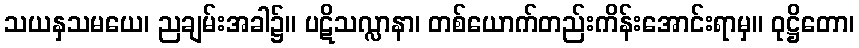
သယနှသမယေ၊ ညချမ်းအခါ၌။ ပဋိသလ္လာနာ၊ တစ်ယောက်တည်းကိန်းအောင်းရာမှ။ ဝုဋ္ဌိတော၊